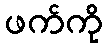
ဖက်ကို